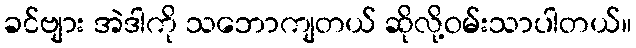
ခင်ဗျား အဲဒါကို သဘောကျတယ် ဆိုလို့ဝမ်းသာပါတယ်။